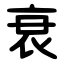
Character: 衰